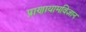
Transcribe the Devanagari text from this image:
प्राणायामविज्ञान